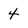
Character: 4